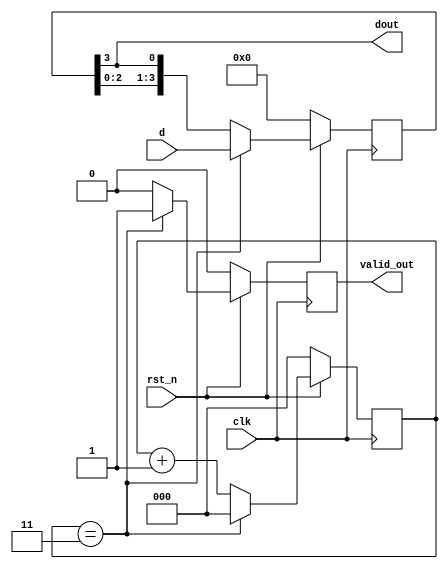
 module parallel2serial(
	input clk,
	input rst_n,
	input [3:0] d,
	output valid_out,
	output dout
);
	reg [3:0] data;
	reg [2:0] cnt;
	reg valid;
	assign dout = data[3];
	assign valid_out = valid;
	always @(posedge clk) begin
		if (rst_n == 0) begin
			data <= 0;
			cnt <= 0;
			valid <= 0;
		end else begin
			if (cnt == 3) begin
				data <= d;
				cnt <= 0;
				valid <= 1;
			end else begin
				cnt <= cnt + 1;
				valid <= 0;
				data <= {data[2:0], data[3]};
			end
		end
	end
endmodule